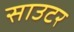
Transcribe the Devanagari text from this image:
साउटर